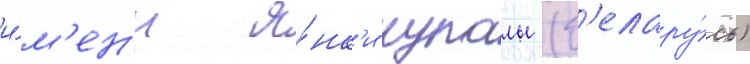
и́м'ен'и я́нк'и купалы (б'елару́сь)